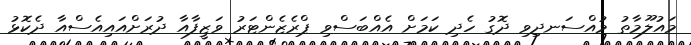
މައުލޫމާތު މުއްސަނދިވި ދޮގު ހެދި ކަމަށް އެއްބަސްވި ޕްރެޒެންޓަރު ވަޒީފާއާ ދުރަށްއައިއެސްއާ ދެކޮޅު